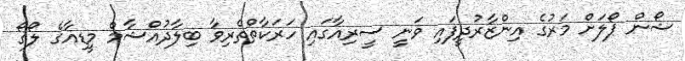
ޝޯން ޕޯލަށް މަަރުގެ އިންޒާރުދީފައި ވަނީ ސީރިއާގައި ހަރަކާތްތެރިވާ ބިލާދުއްޝާމް މީޑިއާގެ ލޯގޯ